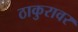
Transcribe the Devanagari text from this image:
ठाकुरावर